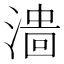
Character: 𣻲